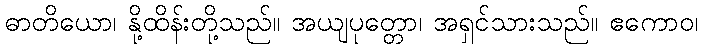
ဓာတိယော၊ နို့ထိန်းတို့သည်။ အယျပုတ္တော၊ အရှင်သားသည်။ ဧကောဝ၊